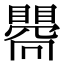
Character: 𥋬